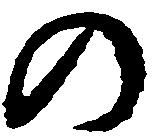
の